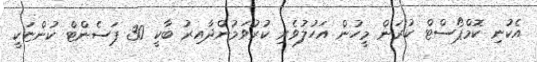
އެކުނި ކޮމްޕޯސްޓް ކުރަން މީހުން އަހުލުވެރި ކުރުވަމުންދާއިރު ބާކީ 30 ޕަސެންޓް ކުންޏަކީ